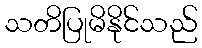
သတိပြုမိနိုင်သည်